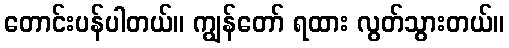
တောင်းပန်ပါတယ်။ ကျွန်တော် ရထား လွတ်သွားတယ်။